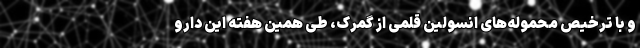
و با ترخیص محموله‌های انسولین قلمی از گمرک، طی همین هفته این دارو